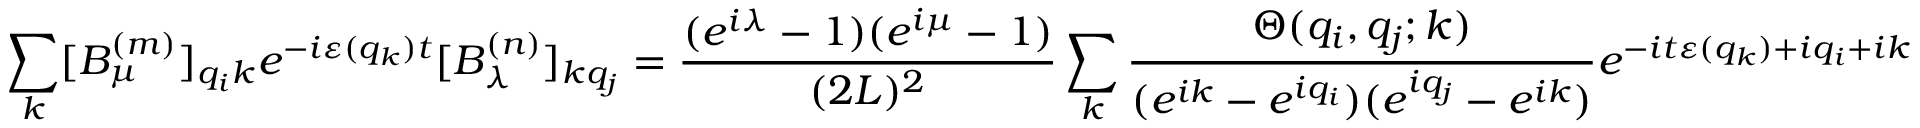
\sum _ { k } [ B _ { \mu } ^ { ( m ) } ] _ { q _ { i } k } e ^ { - i \varepsilon ( q _ { k } ) t } [ B _ { \lambda } ^ { ( n ) } ] _ { k q _ { j } } = \frac { ( e ^ { i \lambda } - 1 ) ( e ^ { i \mu } - 1 ) } { ( 2 L ) ^ { 2 } } \sum _ { k } \frac { \Theta ( q _ { i } , q _ { j } ; k ) } { ( e ^ { i k } - e ^ { i q _ { i } } ) ( e ^ { i q _ { j } } - e ^ { i k } ) } e ^ { - i t \varepsilon ( q _ { k } ) + i q _ { i } + i k }